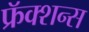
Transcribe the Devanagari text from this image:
फ्रॅक्शन्स